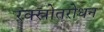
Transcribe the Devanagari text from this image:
रक्स्रोतरोधन